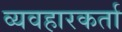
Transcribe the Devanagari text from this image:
व्यवहारकर्ता